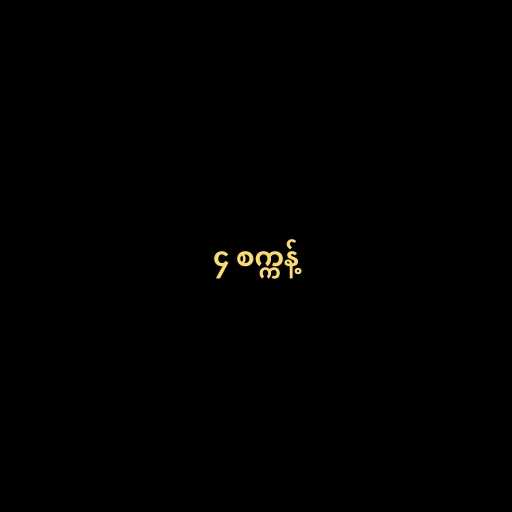
၄ စက္ကန့်